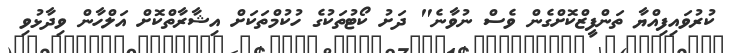
ކުރުވައިފިއްޔާ ތަންފީޒްކޮށްގެން ވެސް ނުވާނެ" ދަށު ކޯޓުތަކުގެ ހުކުމްތަކަށް އިޝާރާތްކޮށް އަލްހާން ވިދާޅުވި